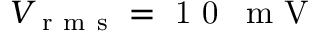
V _ { \mathrm { ~ r ~ m ~ s ~ } } = \mathrm { ~ 1 ~ 0 ~ \, ~ m ~ V ~ }